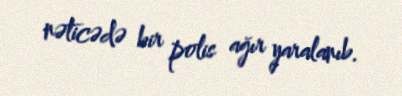
nəticədə bir polis ağır yaralanıb.